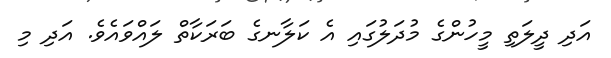
އަދި ދީލަތި މީހުންގެ މުދަލުގައި އެ ކަލާނގެ ބަރަކާތް ލައްވައެވެ. އަދި މި